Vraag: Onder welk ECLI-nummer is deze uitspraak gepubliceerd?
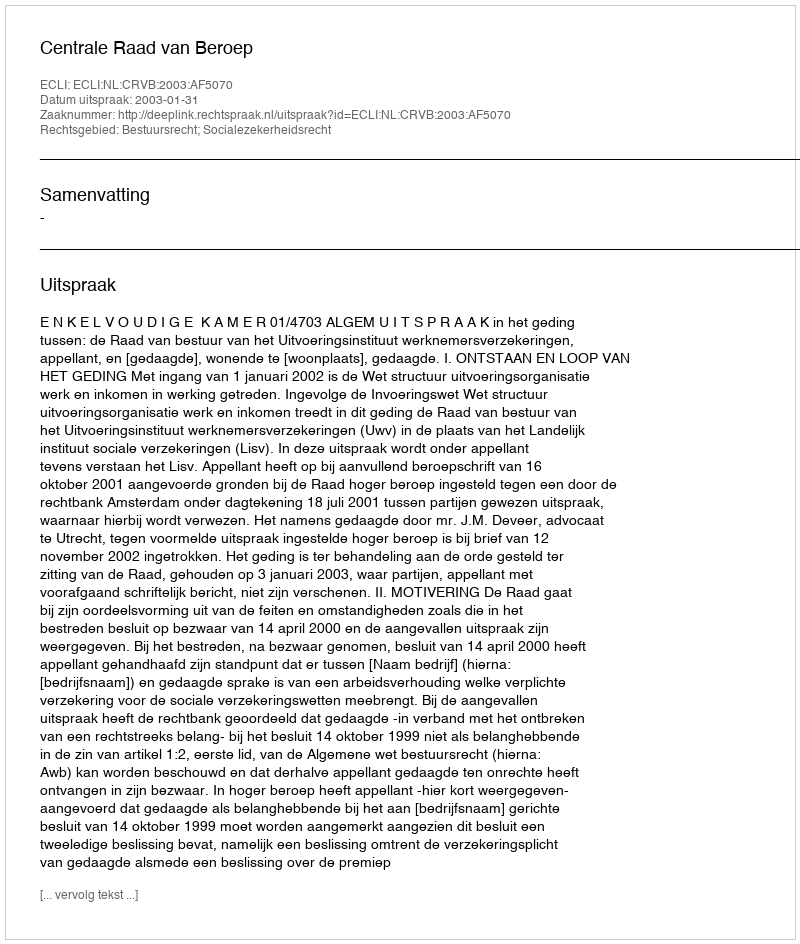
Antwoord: ECLI:NL:CRVB:2003:AF5070